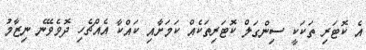
އެ ކޮޓަރި ތަކަކީ ސިންގަލް ކޮޓަރިތަކެއް ކަމަށާއި ކައްކާ އެއްޗެހި ދޮވެވޭނެ ނިޒާމު